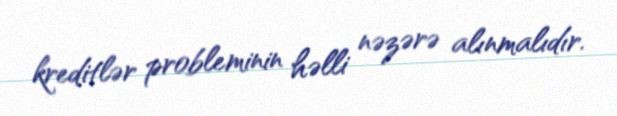
kreditlər probleminin həlli nəzərə alınmalıdır.